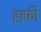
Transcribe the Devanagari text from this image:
हाफी